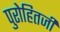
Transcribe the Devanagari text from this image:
पुरोहितजी